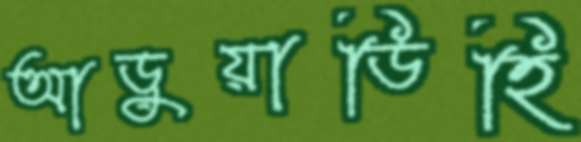
আড়ুয়াডিহি